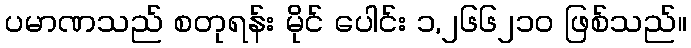
ပမာဏသည် စတုရန်း မိုင် ပေါင်း ၁,၂၆၆၂၁၀ ဖြစ်သည်။